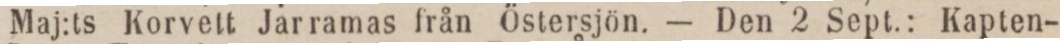
Maj:ts Korvett Jarramas från Östersjön. — Den 2 Sept.: Kapten-